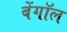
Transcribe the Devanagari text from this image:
बेंगॉल